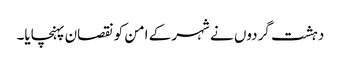
دہشت گردوں نے شہر کے امن کو نقصان پہنچایا۔